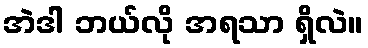
အဲဒါ ဘယ်လို အရသာ ရှိလဲ။